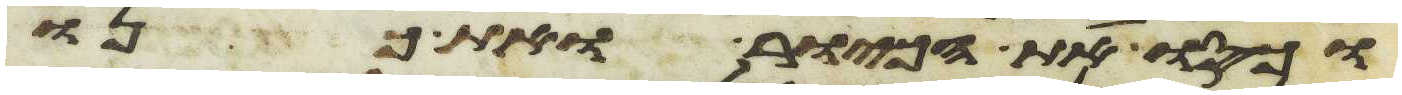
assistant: וכסו את הכיור ואת כנו